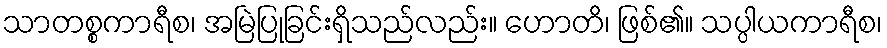
သာတစ္စကာရီစ၊ အမြဲပြုခြင်းရှိသည်လည်း။ ဟောတိ၊ ဖြစ်၏။ သပ္ပါယကာရီစ၊